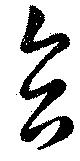
合